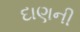
દાણની